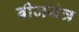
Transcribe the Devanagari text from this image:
बीजयंत्र